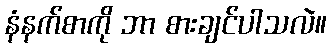
နံနက်စာကို ဘာ စားချင်ပါသလဲ။